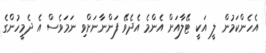
އެހެންކަމުން ލީ އަކީ ޓޭލާއަށް އެންމެ އެދެވޭ ފަންނާނަށްވި ނަމަވެސް އެ ދެމީހުންގެ